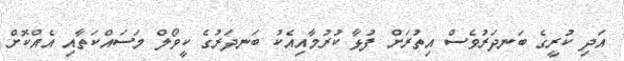
އަދި ކުރީގެ ބަނދަރުވެސް އިތުރަށް ފުޅާ ކުރުމާއިއެކު ބަނދަރުގެ ކީވޯލް މަސައްކަތާއި އެއްކޮށް